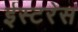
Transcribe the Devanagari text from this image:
ईस्टरेस